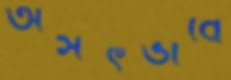
অসৎভাবে